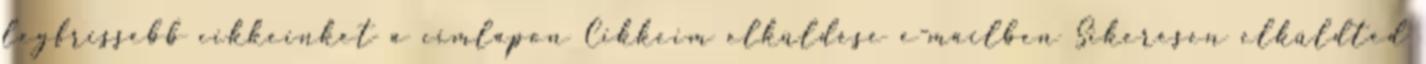
legfrissebb cikkeinket a címlapon Cikkeim elküldése e-mailben Sikeresen elküldted